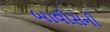
બાવીસની